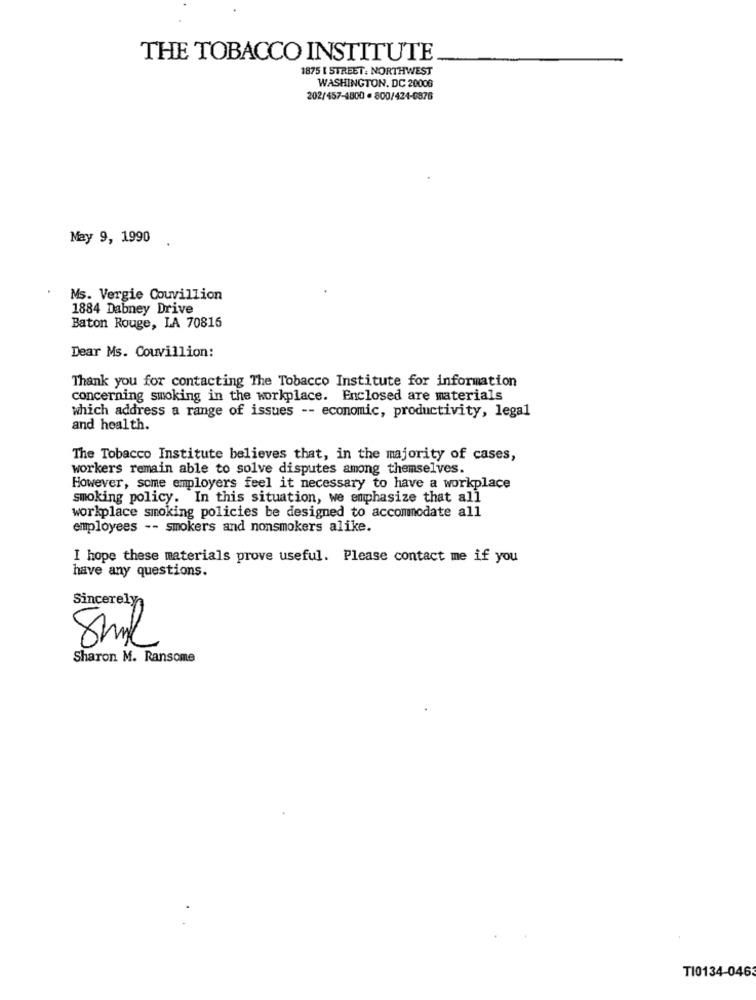
THE TOBACCO INSTITUTE
1875 I STREET: NORTHWEST
WASHINGTON, DC 20006
202/457-4800 · 800/424-6876
May 9, 1990
Ms. Vergie Couvillion
1884 Dabney Drive
Baton Rouge, LA 70816
Dear Ms. Couvillion:
Thank you for contacting The Tobacco Institute for information
concerning smoking in the workplace. Enclosed are materials
which address a range of issues -- economic, productivity, legal
and health.
The Tobacco Institute believes that, in the majority of cases,
workers remain able to solve disputes among themselves.
However, some employers feel it necessary to have a workplace
smoking policy. In this situation, we emphasize that all
workplace smoking policies be designed to accommodate all
employees -- smokers and nonsmokers alike.
I hope these materials prove useful. Please contact me if you
have any questions.
Sincerely
x
Sharon M. Ransome
TI0134-0463